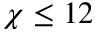
\chi \leq 1 2